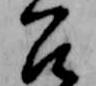
召